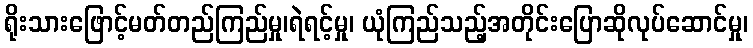
ရိုးသားဖြောင့်မတ်တည်ကြည်မှု၊ရဲရင့်မှု၊ ယုံကြည်သည့်အတိုင်းပြောဆိုလုပ်ဆောင်မှု၊